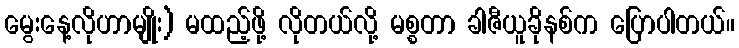
မွေးနေ့လိုဟာမျိုး) မထည့်ဖို့ လိုတယ်လို့ မစ္စတာ ခါဇီယူခိုနစ်က ပြောပါတယ်။